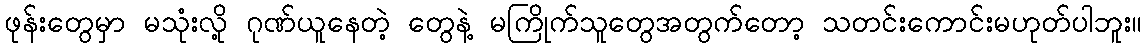
ဖုန်းတွေမှာ မသုံးလို့ ဂုဏ်ယူနေတဲ့ တွေနဲ့ မကြိုက်သူတွေအတွက်တော့ သတင်းကောင်းမဟုတ်ပါဘူး။